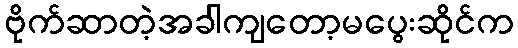
ဗိုက်ဆာတဲ့အခါကျတော့မပွေးဆိုင်က